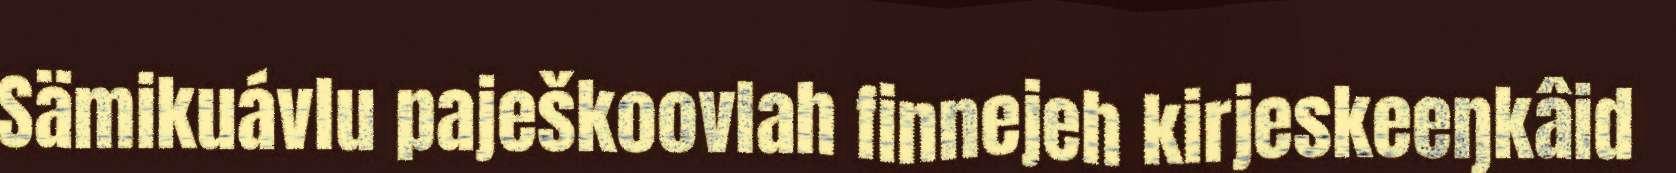
Sämikuávlu paješkoovlah finnejeh kirjeskeeŋkâid